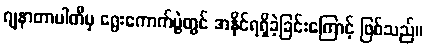
ဂျနာတာပါတီမှ ရွေးကောက်ပွဲတွင် အနိုင်ရရှိခဲ့ခြင်းကြောင့် ဖြစ်သည်။